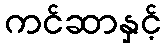
ကင်ဆာနှင့်